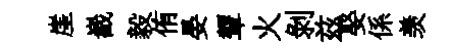
崖嶻毅侑晏顰火剥兹娶係羡